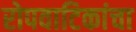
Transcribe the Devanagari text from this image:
रोपवाटिकांचा